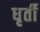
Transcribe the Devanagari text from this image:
धृर्ती